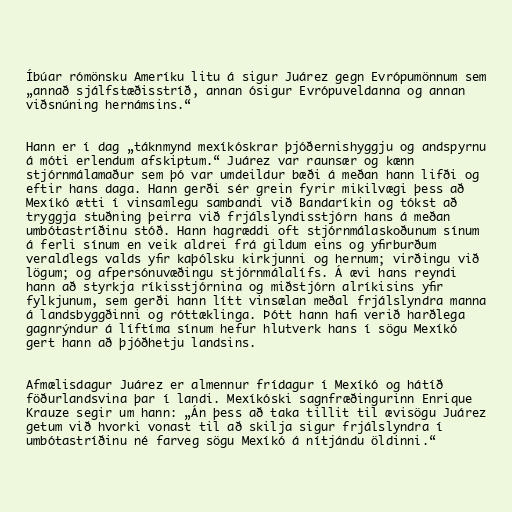
Íbúar rómönsku Ameríku litu á sigur Juárez gegn Evrópumönnum sem
„annað sjálfstæðisstríð, annan ósigur Evrópuveldanna og annan
viðsnúning hernámsins.“

Hann er í dag „táknmynd mexíkóskrar þjóðernishyggju og andspyrnu
á móti erlendum afskiptum.“ Juárez var raunsær og kænn
stjórnmálamaður sem þó var umdeildur bæði á meðan hann lifði og
eftir hans daga. Hann gerði sér grein fyrir mikilvægi þess að
Mexíkó ætti í vinsamlegu sambandi við Bandaríkin og tókst að
tryggja stuðning þeirra við frjálslyndisstjórn hans á meðan
umbótastríðinu stóð. Hann hagræddi oft stjórnmálaskoðunum sínum
á ferli sínum en veik aldrei frá gildum eins og yfirburðum
veraldlegs valds yfir kaþólsku kirkjunni og hernum; virðingu við
lögum; og afpersónuvæðingu stjórnmálalífs. Á ævi hans reyndi
hann að styrkja ríkisstjórnina og miðstjórn alríkisins yfir
fylkjunum, sem gerði hann lítt vinsælan meðal frjálslyndra manna
á landsbyggðinni og róttæklinga. Þótt hann hafi verið harðlega
gagnrýndur á líftíma sínum hefur hlutverk hans í sögu Mexíkó
gert hann að þjóðhetju landsins.

Afmælisdagur Juárez er almennur frídagur í Mexíkó og hátíð
föðurlandsvina þar í landi. Mexíkóski sagnfræðingurinn Enrique
Krauze segir um hann: „Án þess að taka tillit til ævisögu Juárez
getum við hvorki vonast til að skilja sigur frjálslyndra í
umbótastríðinu né farveg sögu Mexíkó á nítjándu öldinni.“